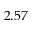
2 . 5 7